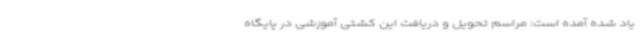
یاد شده آمده است: مراسم تحویل و دریافت این کشتی آموزشی در پایگاه